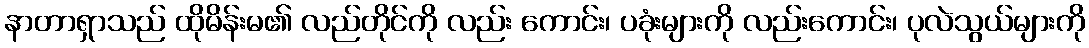
နာတာရှာသည် ထိုမိန်းမ၏ လည်တိုင်ကို လည်း ကောင်း၊ ပခုံးများကို လည်းကောင်း၊ ပုလဲသွယ်များကို